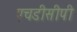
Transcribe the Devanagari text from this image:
एचडीसीपी